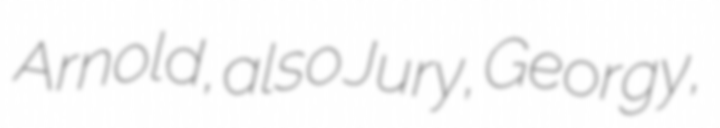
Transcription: Arnold, also Jury, Georgy,